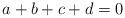
LaTeX: \begin{align*}a+b+c+d=0\end{align*}